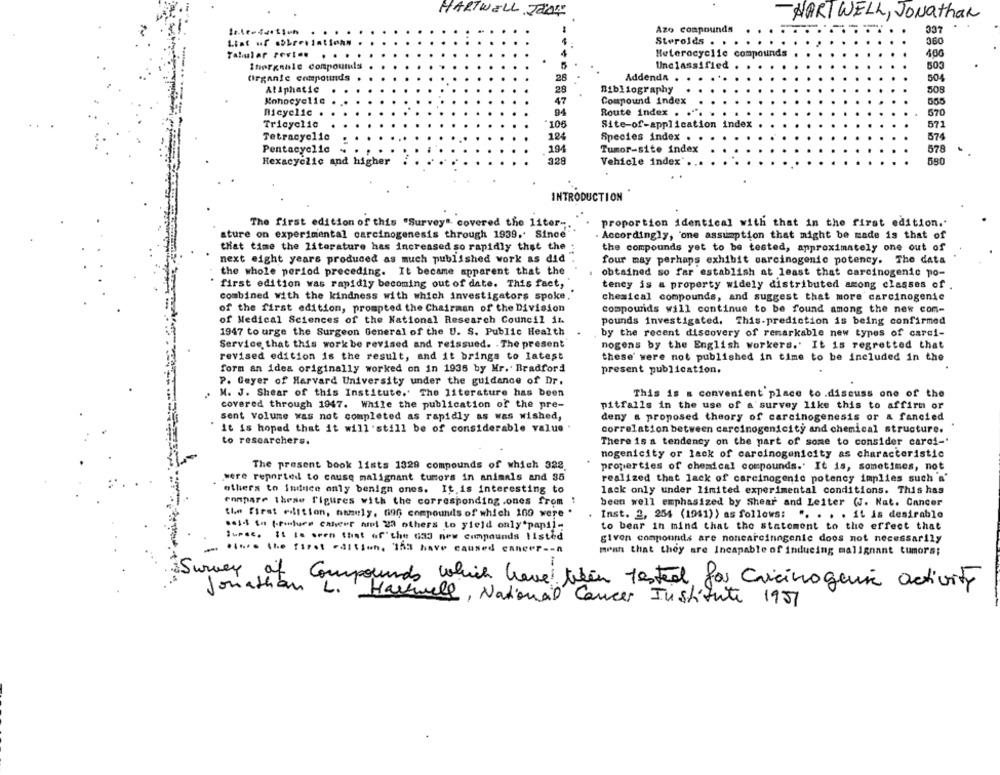
HARTWELL JOON
HART WELL, Jonathan
LCC
Azo compounds
360
List ur abbreviationn
Steroids . .
Heterocyclic compounds
400
Talular revt .. . .
Ihorgenle compounds
5
Unclassified
503
Organic compounds
28
Addenda
504
Aliphatic
29
Bibliography
508
Konneyelie
47
Compound index
555
Micyclic .
94
Route index .
570
Tricyclic
106
Site-of-application index
571
Tetracyclic
124
Species index . .
574
578
Pentacyclic
194
Tumor-site index
Hexacyclic and higher
328
Vehicle index"
580
INTRODUCTION
The first edition of this "Survey" covered the liter -.
proportion identical with that in the first edition ..
ature on experimental carcinogenesis through 1939, Since
Accordingly, one assumption that might be made is that of
that time the literature has increased so rapidly that the :
the compounds yet to be tested, approximately one out of
next eight years produced as much published work as did
four may perhaps exhibit carcinogenic potency. The data
the whole period preceding. It became apparent that the
obtained so far establish at least that carcinogenic po-
first edition was rapidly becoming out of date. This fact,
tency is a property widely distributed among classes of .
combined with the kindness with which investigators spoke.
chemical compounds, and suggest that more carcinogenic
of the first edition, prompted the Chairman of the Division
compounds will continue to be found among the new com-
of Medical Sciences of the National Research Council iz
pounds investigated. This.prediction is being confirmed
1947 to urge the Surgeon General of the U. S. Public Health
by the recent discovery of remarkable new types of carei-
Service that this work be revised and reissued. . The present
nogens by the English workers.' It is regretted that
revised edition is the result, and it brings to latest
these' were not published in time to be included in the
form an idea originally worked on in 1936 by Mr. Bradford
present publication.
P. Geyer of Harvard University under the guidance of Dr.
M. J. Shear of this Institute.' The literature has been
This is a convenient place to .discuss one of the
covered through 1947. While the publication of the pre-
pitfalls in the use of a survey like this to affirm or
sent Volume was not completed as rapidly as was wished,
deny a proposed theory of carcinogenesis or & fancied
it is hoped that it will still be of considerable value .
correlation between carcinogenicity and chemical structure.
to researchers.
There is a tendency on the part of some to consider carci-'
nogenicity or lack of carcinogenicity as characteristic
The present book lists 1329 compounds of which 322.
properties of chemical compounds.' It is, sometimes, not
were reported to cause malignant tumors in animals and 35
realized that lack of carcinogenic potency implies such a'
others to Induce only benign ones. It is interesting to
lack only under limited experimental conditions. This has
compare these figures with the corresponding.ones from :
been well emphasized by Shear and Leiter (J. Nat. Cancer
the first edition, namely, non compounds of which 100 were .
Inst. 2, 254 (1941)) as follows: ". . . . it is desirable
seit in fewture cancer and 2 others to yield only papil-
to bear in mind that the statement to the effect that
Sursc. It Is seen that of' the 033 new compounds listed
given compounds are noncarcinogenic does not necessarily
.twee the first edition, 353 have caused cancer -- n
mean that they are Incapable of inducing malignant tumors;
Survey
it Compounds which have been tested for Cricinogen activity
Jonathan L.
Harwell, National Cancer Institute 1951